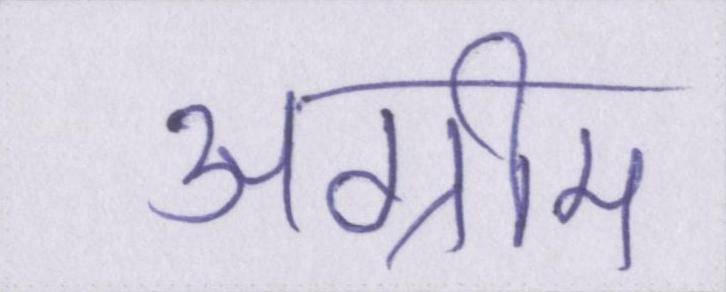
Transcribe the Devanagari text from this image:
अग्रीम